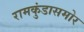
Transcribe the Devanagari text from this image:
रामकुंडासमोर